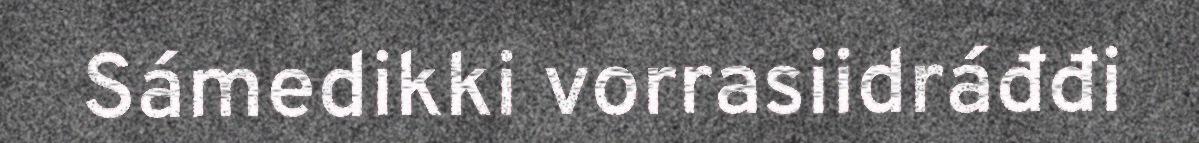
Sámedikki vorrasiidráđđi